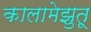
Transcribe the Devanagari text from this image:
कालामेझुतू